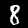
Digit: 8